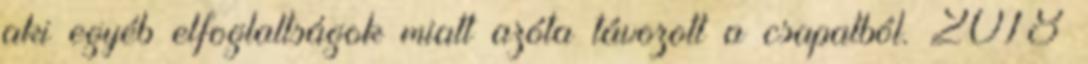
aki egyéb elfoglaltságok miatt azóta távozott a csapatból. 2018